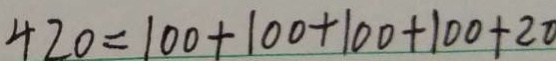
4 2 0 = 1 0 0 + 1 0 0 + 1 0 0 + 1 0 0 + 2 0